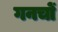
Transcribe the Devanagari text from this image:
गनचों